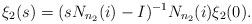
LaTeX: \begin{align*}\xi_2(s)=(sN_{n_2}(i)-I)^{-1}N_{n_2}(i)\xi_2(0).\end{align*}